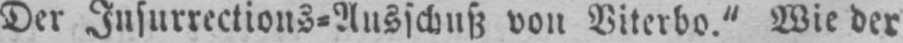
Der Insurrections⸗Ausschuß von Viterbo.“ Wie der